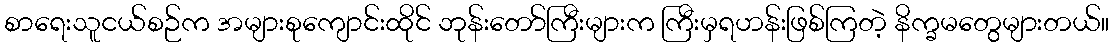
စာရေးသူငယ်စဉ်က အများစုကျောင်းထိုင် ဘုန်းတော်ကြီးများက ကြီးမှရဟန်းဖြစ်ကြတဲ့ နိက္ခမတွေများတယ်။